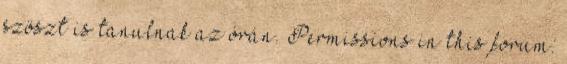
szöszt is tanulnak az órán. Permissions in this forum: